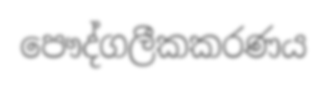
පෞද්ගලීකකරණය